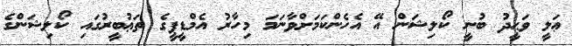
ޢަލީ ވަޙީދު ބުނީ ކޯލިޝަން އޭ އެހެންކަމަށްވާނަމަ މިހާރު އެމްޑީޕީގެ ތަޢުބީރުގައި ކޯލިޝަންގެ